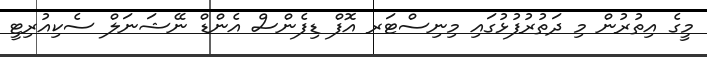
މީގެ އިތުރުން މި ދަތުރުފުޅުގައި މިނިސްޓަރ އޮފް ޑިފެންސް އެންޑް ނޭޝަނަލް ސެކިއުރިޓީ